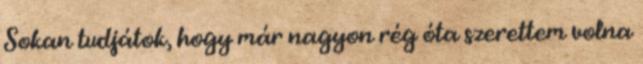
Sokan tudjátok, hogy már nagyon rég óta szerettem volna